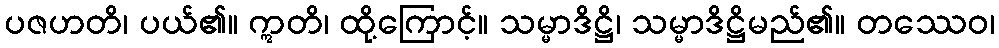
ပဇဟတိ၊ ပယ်၏။ ဣတိ၊ ထို့ကြောင့်။ သမ္မာဒိဋ္ဌိ၊ သမ္မာဒိဋ္ဌိမည်၏။ တဿေဝ၊